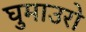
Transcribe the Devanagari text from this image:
घुमाउरो